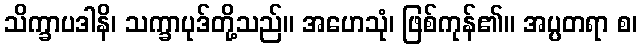
သိက္ခာပဒါနိ၊ သက္ခာပုဒ်တို့သည်။ အဟေသုံ၊ ဖြစ်ကုန်၏။ အပ္ပတရာ စ၊